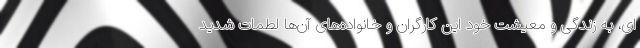
ای، به زندگی و معیشت خود این کارگران و خانواده‌های آن‌ها لطمات شدید